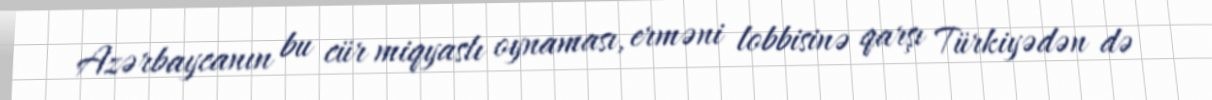
Azərbaycanın bu cür miqyaslı oynaması, erməni lobbisinə qarşı Türkiyədən də